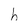
Character: h